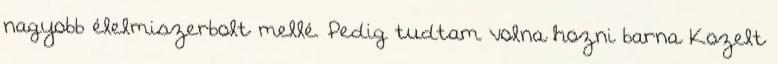
nagyobb élelmiszerbolt mellé. Pedig tudtam volna hozni barna Kozelt